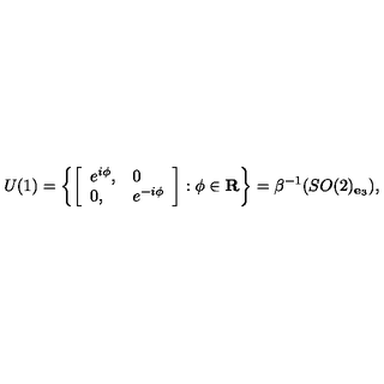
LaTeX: U ( 1 ) = \left\{ \left[ \begin{array} { l l } { e ^ { i \phi } , } & { 0 } \\ { 0 , } & { e ^ { - i \phi } } \\ \end{array} \right] : \phi \in { \bf R } \right\} = \beta ^ { - 1 } ( S O ( 2 ) _ { { \bf e } _ { 3 } } ) ,